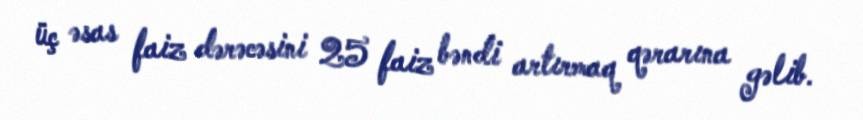
üç əsas faiz dərəcəsini 25 faiz bəndi artırmaq qərarına gəlib.